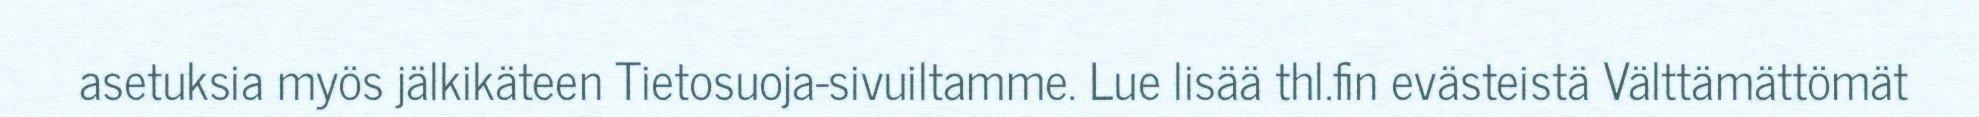
asetuksia myös jälkikäteen Tietosuoja-sivuiltamme. Lue lisää thl.fin evästeistä Välttämättömät